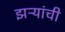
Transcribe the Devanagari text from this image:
झऱ्यांची